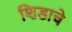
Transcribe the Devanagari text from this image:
शिडाचे